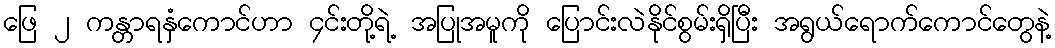
ဖြေ ၂ ကန္တာရနှံကောင်ဟာ ၄င်းတို့ရဲ့ အပြုအမူကို ပြောင်းလဲနိုင်စွမ်းရှိပြီး အရွယ်ရောက်ကောင်တွေနဲ့